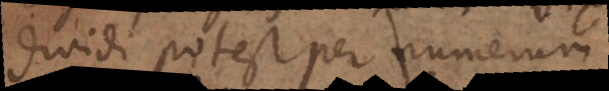
dividi potest per numerum